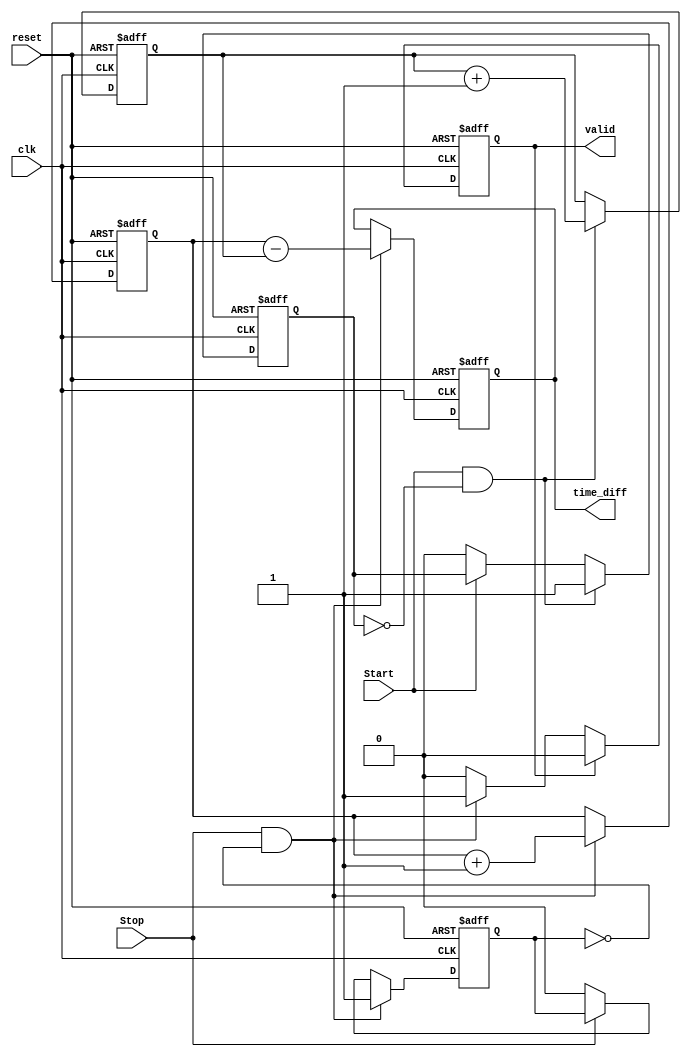
module TDC (
    input wire clk,              // Clock signal
    input wire reset,            // Active high reset signal
    input wire Start,            // Start signal
    input wire Stop,             // Stop signal
    output reg [15:0] time_diff, // Time difference output (16-bit representation)
    output reg valid             // Output valid signal
);

    reg [15:0] start_timestamp;  // Store start timestamp
    reg [15:0] stop_timestamp;   // Store stop timestamp
    reg start_detected;          // Flag to indicate if start detected
    reg stop_detected;           // Flag to indicate if stop detected

    always @(posedge clk or posedge reset) begin
        if (reset) begin
            // Reset all values
            start_timestamp <= 0;
            stop_timestamp <= 0;
            time_diff <= 0;
            valid <= 0;
            start_detected <= 0;
            stop_detected <= 0;
        end else begin
            // Detect rising edge of Start signal
            if (Start && !start_detected) begin
                start_timestamp <= start_timestamp + 1; // Increment timestamp
                start_detected <= 1;                      // Set start detected flag
            end else if (!Start) begin
                start_detected <= 0;                      // Reset flag when Start is low
            end
            
            // Detect rising edge of Stop signal
            if (Stop && !stop_detected) begin
                stop_timestamp <= stop_timestamp + 1; // Increment timestamp
                stop_detected <= 1;                     // Set stop detected flag
                // Calculate time difference
                time_diff <= stop_timestamp - start_timestamp; // Calculate time difference
                valid <= 1;                               // Indicate output is valid
            end else if (!Stop) begin
                stop_detected <= 0;                      // Reset flag when Stop is low
            end

            // Reset valid signal after reading is done (for one clock cycle)
            if (valid) begin
                valid <= 0; // Set valid low after output is read
            end
        end
    end

endmodule